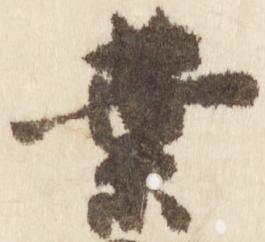
葉